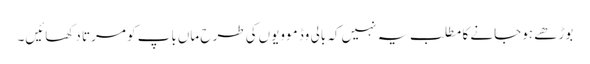
بوڑھے ہوجانے کا مطلب یہ نہیں‌کہ بالی وڈ موویوں‌کی طرح ماں‌باپ کو مرتا دکھائیں۔